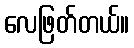
လေဖြတ်တယ်။